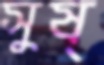
সুষ্